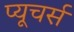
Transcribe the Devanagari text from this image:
प्यूचर्स